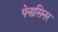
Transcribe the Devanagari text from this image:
पेनासिनर